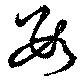
数